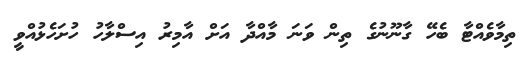
ތިމާވެއްޓާ ބެހޭ ގާނޫނުގެ ތިން ވަނަ މާއްދާ އަށް އާމިރު އިސްލާހު ހުށަހެޅުއްވީ